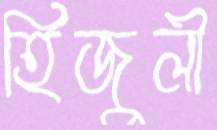
হিজুলী